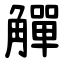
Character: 觶